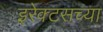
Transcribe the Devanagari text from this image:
इरेक्टसच्या